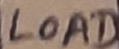
Text: LOAD